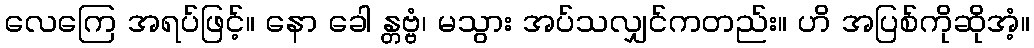
လေကြေ အရပ်ဖြင့်။ နော ခေါ န္တဗ္ဗံ၊ မသွား အပ်သလျှင်ကတည်း။ ဟိ အပြစ်ကိုဆိုအံ့။